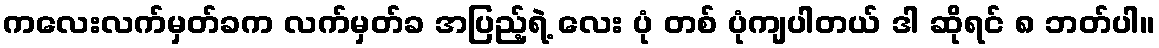
ကလေးလက်မှတ်ခက လက်မှတ်ခ အပြည့်ရဲ့ လေး ပုံ တစ် ပုံကျပါတယ် ဒါ ဆိုရင် ၈ ဘတ်ပါ။